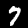
Label: 7